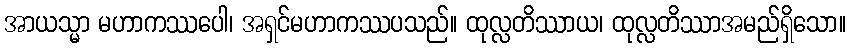
အာယသ္မာ မဟာကဿပေါ၊ အရှင်မဟာကဿပသည်။ ထုလ္လတိဿာယ၊ ထုလ္လတိဿာအမည်ရှိသော။